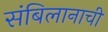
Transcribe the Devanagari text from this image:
संबिलानाची